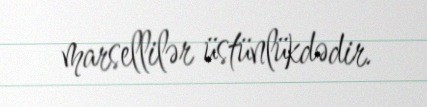
marsellilər üstünlükdədir.